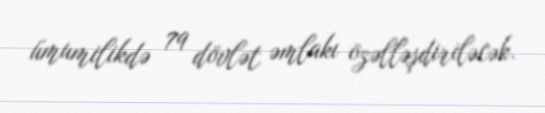
ümumilikdə 79 dövlət əmlakı özəlləşdiriləcək.